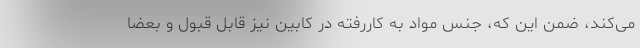
می‌کند، ضمن این که، جنس مواد به کاررفته در کابین نیز قابل قبول و بعضاً